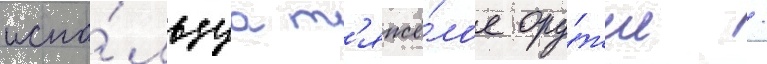
испо́льзуа т'яжё́лое ору́жие /